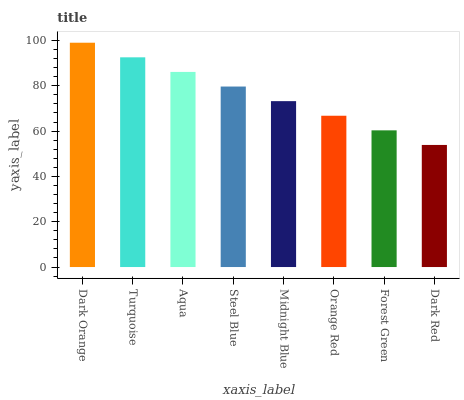
| xaxis_label | bars |
 | --- | --- |
 | Dark Orange | 99 |
 | Turquoise | 92.6 |
 | Aqua | 86.1 |
 | Steel Blue | 79.7 |
 | Midnight Blue | 73.2 |
 | Orange Red | 66.8 |
 | Forest Green | 60.3 |
 | Dark Red | 53.9 |